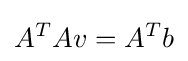
A^{T}Av=A^{T}b